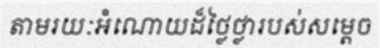
តាមរយៈអំណោយដ៏ថ្លៃថ្លារបស់សម្តេច